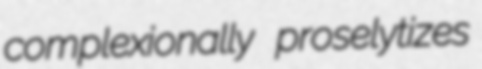
complexionally proselytizes